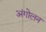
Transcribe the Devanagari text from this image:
अंगोलन